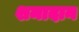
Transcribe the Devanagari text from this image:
शमादान